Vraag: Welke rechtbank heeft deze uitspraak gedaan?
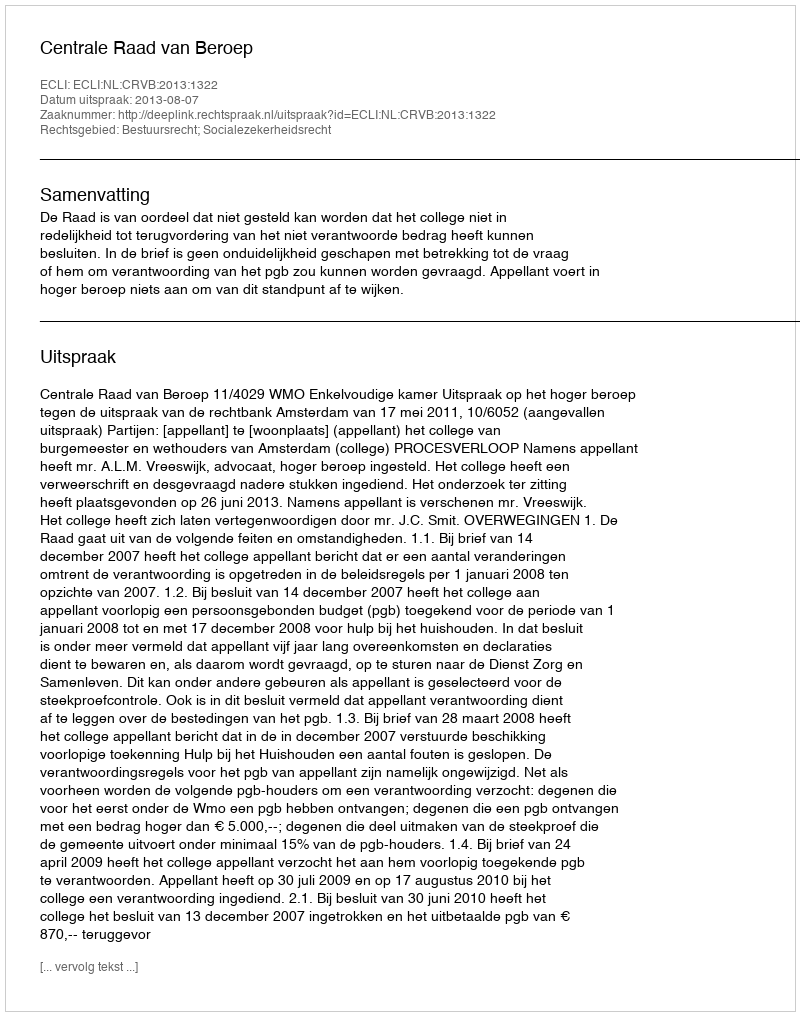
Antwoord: Centrale Raad van Beroep